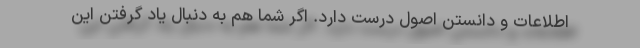
اطلاعات و دانستن اصول درست دارد. اگر شما هم به دنبال یاد گرفتن این